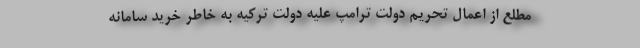
مطلع از اعمال تحریم دولت ترامپ علیه دولت ترکیه به خاطر خرید سامانه